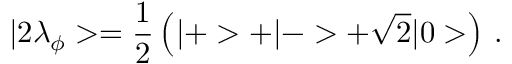
| 2 \lambda _ { \phi } > = \frac { 1 } { 2 } \left( | + > + | - > + \sqrt { 2 } | 0 > \right) \, .